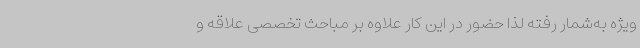
ویژه به‌شمار رفته لذا حضور در این کار علاوه بر مباحث تخصصی علاقه و